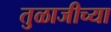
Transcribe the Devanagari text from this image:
तुळाजीच्या